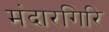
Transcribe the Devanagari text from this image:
मंदारगिरि